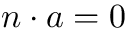
n \cdot a = 0